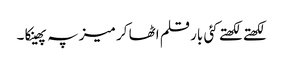
لکھتے لکھتے کئی بار قلم اٹھا کر میز پہ پھینکا ۔